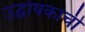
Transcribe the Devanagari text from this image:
उद्घोषकाची